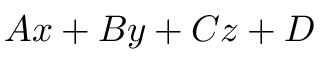
A x + B y + C z + D